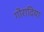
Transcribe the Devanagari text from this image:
गोरादिया